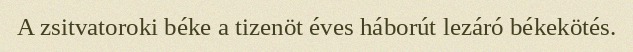
A zsitvatoroki béke a tizenöt éves háborút lezáró békekötés.